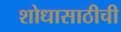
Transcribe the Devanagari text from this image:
शोधासाठीची